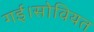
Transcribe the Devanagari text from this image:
गई।सोवियत